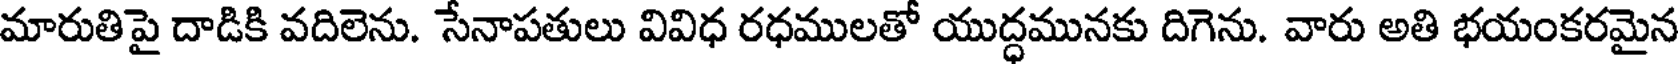
మారుతిపై దాడికి వదిలెను. సేనాపతులు వివిధ రధములతో యుద్ధమునకు దిగెను. వారు అతి భయంకరమైన